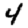
Digit: 4